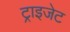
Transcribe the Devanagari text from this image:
ट्राइजेट